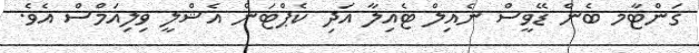
ގަންޓާމ ބެން ޑޭވީސް ނެއިލް ޓެއިލާ އަދި ކެޕްޓަން އެޝްލީ ވިލިއަމްސް އެވެ.